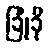
ခြုံခို